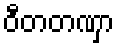
ဝီတတဏှာ